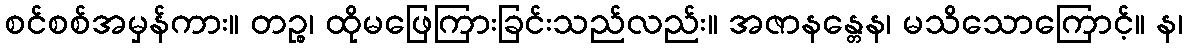
စင်စစ်အမှန်ကား။ တဉ္စ၊ ထိုမဖြေကြားခြင်းသည်လည်း။ အဇာနန္တေန၊ မသိသောကြောင့်။ န၊